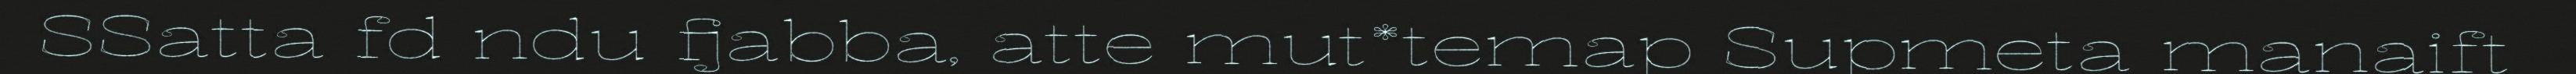
SSatta fd ndu fjabba, atte mut*temap Supmeta manaift